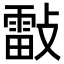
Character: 𣀀